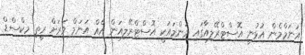
އަނަމްމެން އުޅުނީ އޮސްޓްރޭލިއާގައި މަންމައަކީ އޮސްޓްރޭލިއަން އެއް އަނަމް ވަރަށް ރީތި މިކްސްޑް